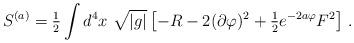
LaTeX: \begin{align*}S^{(a)}= {\textstyle\frac{1}{2}}\int d^{4}x\ \sqrt{|g|}\left[-R -2(\partial\varphi)^{2}+{\textstyle\frac{1}{2}}e^{-2a\varphi}F^{2}\right]\, .\end{align*}